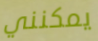
يمكنني